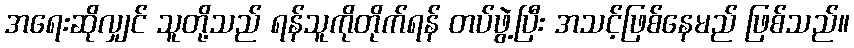
အရေးဆိုလျှင် သူတို့သည် ရန်သူကိုတိုက်ရန် တပ်ဖွဲ့ပြီး အသင့်ဖြစ်နေမည် ဖြစ်သည်။